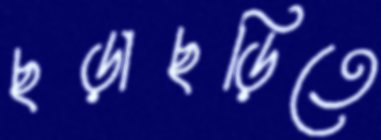
ছড়াছড়িতে